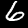
Label: 6